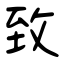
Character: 致